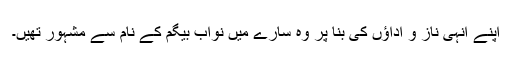
اپنے انہی ناز و اداؤں کی بنا پر وہ سارے میں نواب بیگم کے نام سے مشہور تھیں۔